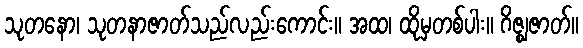
သုတနော၊ သုတနာဇာတ်သည်လည်းကောင်း။ အထ၊ ထိုမှတစ်ပါး။ ဂိဇ္ဈဇာတ်။